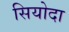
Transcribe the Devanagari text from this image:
सियोदा